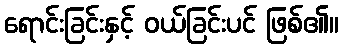
ရောင်းခြင်းနှင့် ဝယ်ခြင်းပင် ဖြစ်၏။